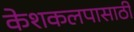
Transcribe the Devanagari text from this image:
केशकलपासाठी